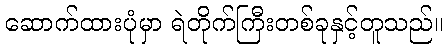
ဆောက်ထားပုံမှာ ရဲတိုက်ကြီးတစ်ခုနှင့်တူသည်။